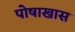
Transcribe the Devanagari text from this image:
पोषाखास